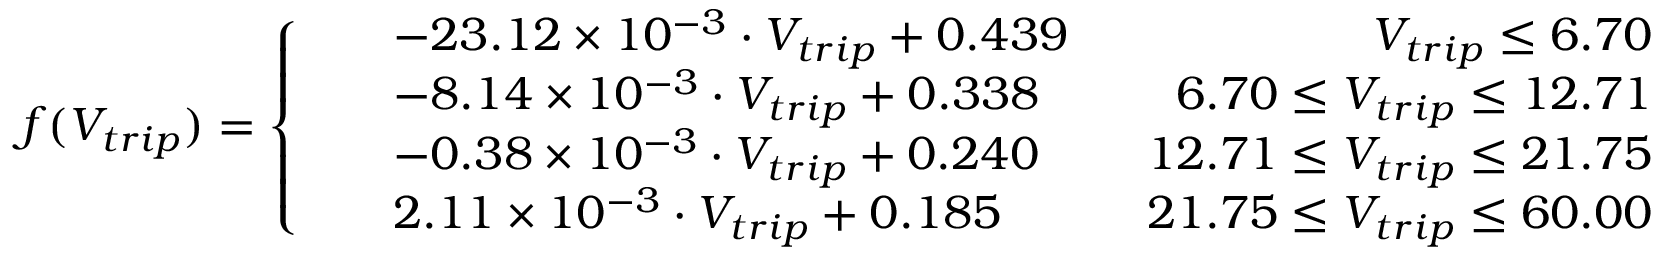
f ( V _ { t r i p } ) = \left\{ \begin{array} { l l } { \begin{array} { r l r } & { - 2 3 . 1 2 \times 1 0 ^ { - 3 } \cdot V _ { t r i p } + 0 . 4 3 9 } & { \ \ V _ { t r i p } \leq 6 . 7 0 } \\ & { - 8 . 1 4 \times 1 0 ^ { - 3 } \cdot V _ { t r i p } + 0 . 3 3 8 } & { \ \ 6 . 7 0 \leq V _ { t r i p } \leq 1 2 . 7 1 } \\ & { - 0 . 3 8 \times 1 0 ^ { - 3 } \cdot V _ { t r i p } + 0 . 2 4 0 } & { \ \ 1 2 . 7 1 \leq V _ { t r i p } \leq 2 1 . 7 5 } \\ & { 2 . 1 1 \times 1 0 ^ { - 3 } \cdot V _ { t r i p } + 0 . 1 8 5 } & { \ \ 2 1 . 7 5 \leq V _ { t r i p } \leq 6 0 . 0 0 } \end{array} } \end{array} \right.